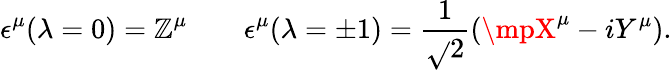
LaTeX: \epsilon^{\mu}(\lambda=0)=\mathbb{Z}^{\mu}\qquad\epsilon^{\mu}(\lambda=\pm1)=\frac{{1}}{{\sqrt{}{{2}}}}(\mpX^{\mu}-iY^{\mu}).